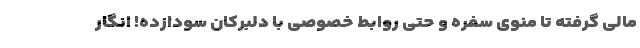
مالی گرفته تا منوی سفره و حتی روابط‌ خصوصی با دلبرکان سودازده! انگار